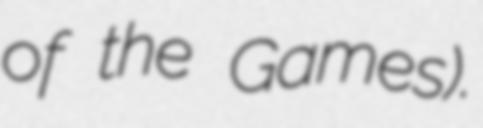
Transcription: of the Games).